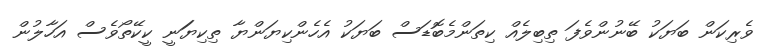
ވެރިކަން ބަޔަކު ބޭނުންވެފަ ތިބިލެއް ކިތަންމެބޮޑަސް ބަޔަކު އެހެންކިޔަންޔާ ތިކިޔަަނީ ކީކޭތޯވެސް އަހާލުން